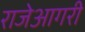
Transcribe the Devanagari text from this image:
राजेआगरी